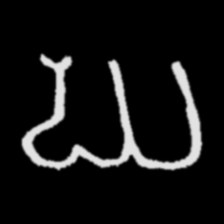
Pyu character \u2014 Myanmar letter: ဃ (romanized: gha)